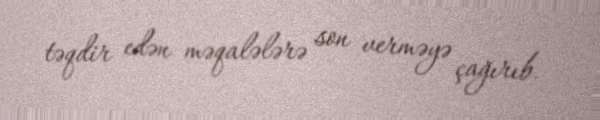
təqdir edən məqalələrə son verməyə çağırıb.